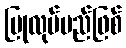
ပြုလုပ်မည်ဖြစ်